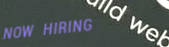
NOW HIRING